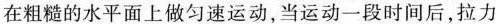
在粗糙的水平面上做匀速运动，当运动一段时间后，拉力